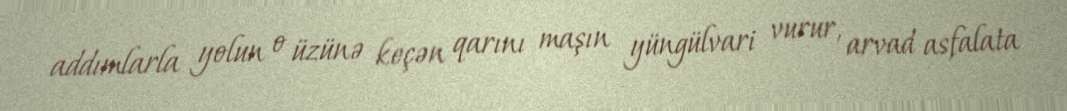
addımlarla yolun o üzünə keçən qarını maşın yüngülvari vurur, arvad asfalata